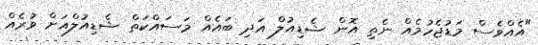
"އެއްވެސް މަޑުޖެހުމެއް ނެތި އޮން ޝެޑިއުލް އަދި ބައެއް މަސައްކަތް ޝެޑިއުލްއަށް ވުރެއް